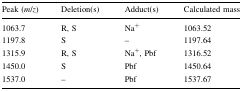
<table><thead><tr><td><b>Peak (<i>m</i>/<i>z</i>)</b></td><td><b>Deletion(s)</b></td><td><b>Adduct(s)</b></td><td><b>Calculated mass</b></td></tr></thead><tbody><tr><td>1063.7</td><td>R, S</td><td>Na<sup>+</sup></td><td>1063.52</td></tr><tr><td>1197.8</td><td>S</td><td>–</td><td>1197.64</td></tr><tr><td>1315.9</td><td>R, S</td><td>Na<sup>+</sup>, Pbf</td><td>1316.52</td></tr><tr><td>1450.0</td><td>S</td><td>Pbf</td><td>1450.64</td></tr><tr><td>1537.0</td><td>–</td><td>Pbf</td><td>1537.67</td></tr></tbody></table>